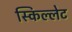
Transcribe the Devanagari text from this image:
स्किल्लेट